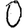
Digit: 0